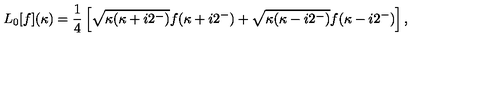
L _ { 0 } [ f ] ( \kappa ) = \frac { 1 } { 4 } \left[ \sqrt { \kappa ( \kappa + i 2 ^ { - } ) } f ( \kappa + i 2 ^ { - } ) + \sqrt { \kappa ( \kappa - i 2 ^ { - } ) } f ( \kappa - i 2 ^ { - } ) \right] ,